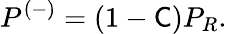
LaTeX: P^{(-)}=(1-{\mathsf{C}})P_{R}.